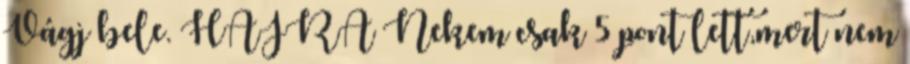
Vágj bele. HAJRÁ Nekem csak 5 pont lett,mert nem